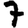
Digit: 7